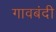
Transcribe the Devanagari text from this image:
गावबंदी